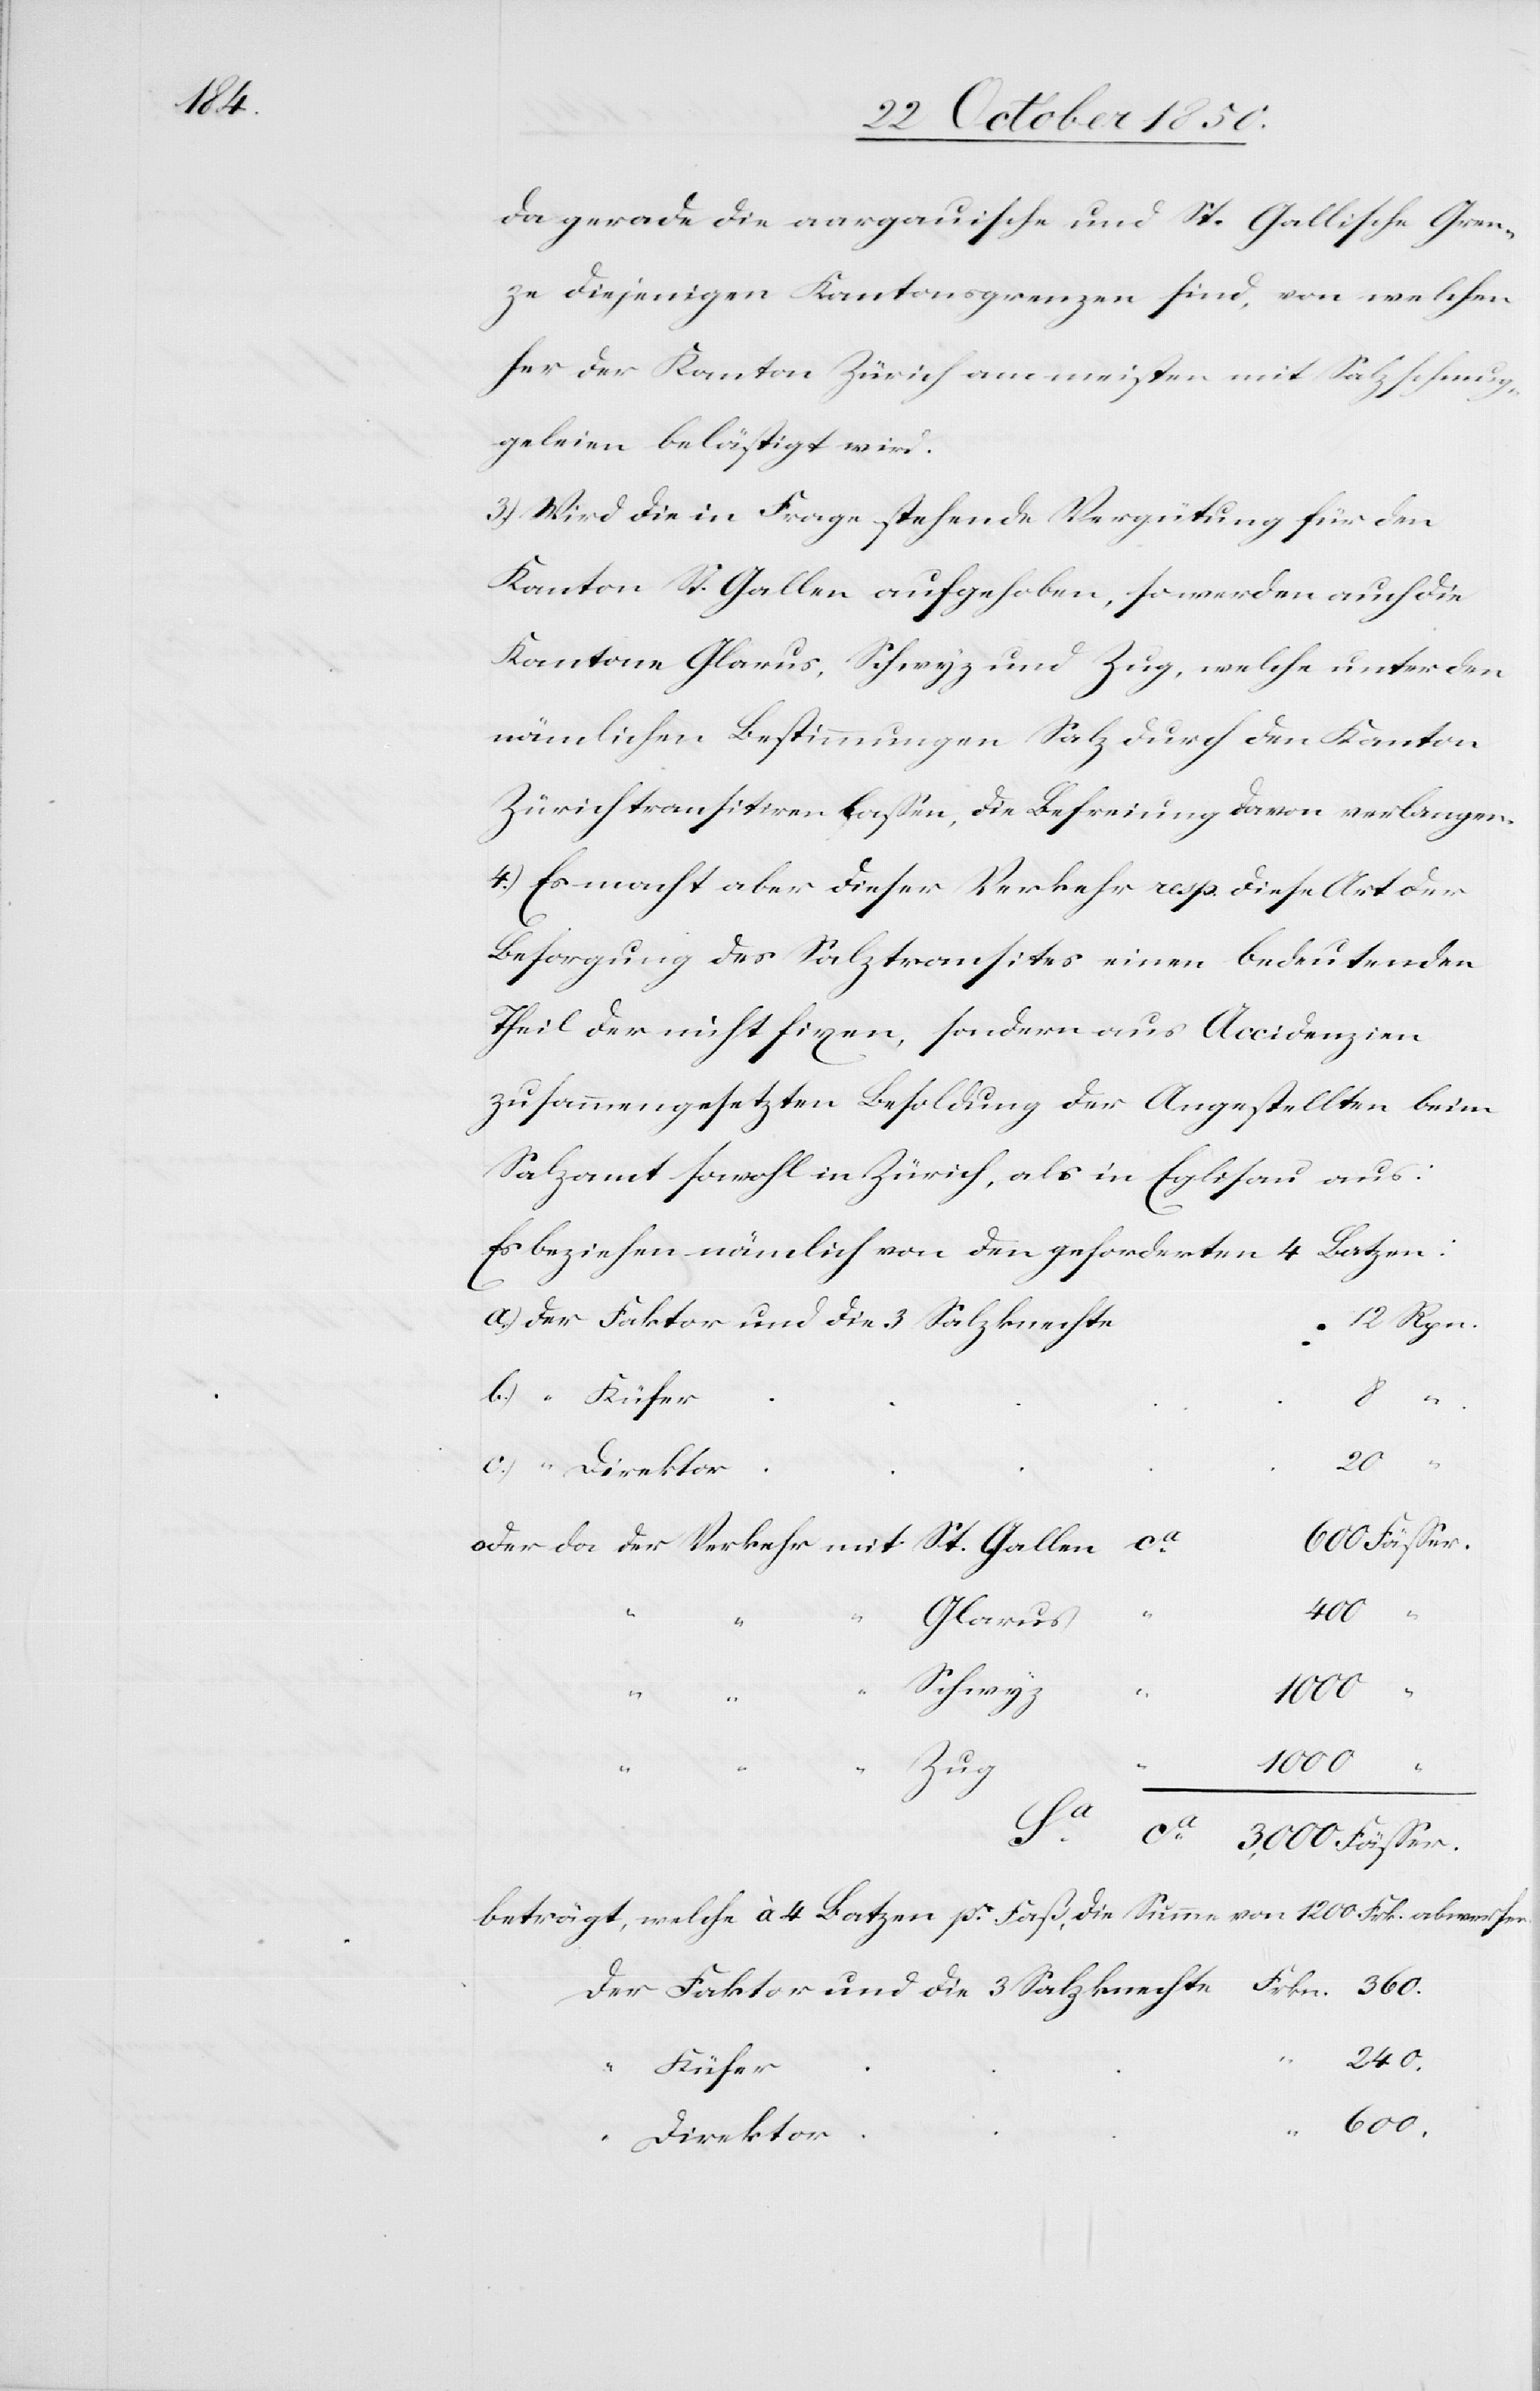
da gerade die aargauische und St. Gallische Gren¬
ze diejenigen Kantonsgrenzen sind, von welchen
her der Kanton Zürich am meisten mit Salzschmug¬
geleien belästigt wird.
3.) Wird die in Frage stehende Vergütung für den
Kanton St. Gallen aufgehoben, so werden auch die
Kantone Glarus, Schwyz und Zug, welche unter den
nämlichen Bestimmungen Salz durch den Kanton
Zürich transitiren lassen, die Befreiung davon verlangen.
4.) Es macht aber dieser Verkehr resp. diese Art oder
Besorgung des Salztransites einen bedeutenden
Theil der nicht fixen, sondern aus Accidenzien
zusammengesetzten Besoldung der Angestellten beim
Salzamt sowohl in Zürich, als in Eglisau aus:
Es beziehen nämlich von den geforderten 4 Batzen:
“
600.
Glarus
Schwyz
c.)
1000
3,000
Frkn.
beträgt, welche à 4 Batzen p[?r] Faß, die Summe von 1200 Frk. abwerfen.
240.
Küfer
“
Direktor